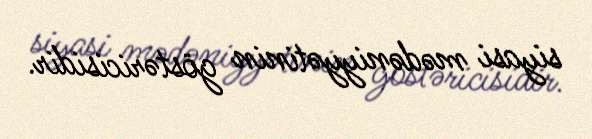
siyasi mədəniyyətinin göstəricisidir.